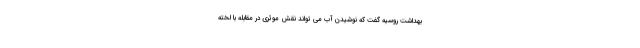
بهداشت روسیه گفت که نوشیدن آب می تواند نقش موثری در مقابله با لخته